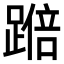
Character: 𫏚